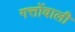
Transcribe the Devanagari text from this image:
गत्तोंवाली